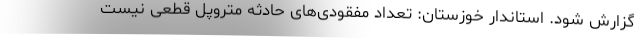
گزارش شود. استاندار خوزستان: تعداد مفقودی‌های حادثه متروپل قطعی نیست